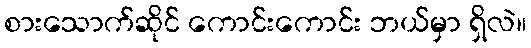
စားသောက်ဆိုင် ကောင်းကောင်း ဘယ်မှာ ရှိလဲ။